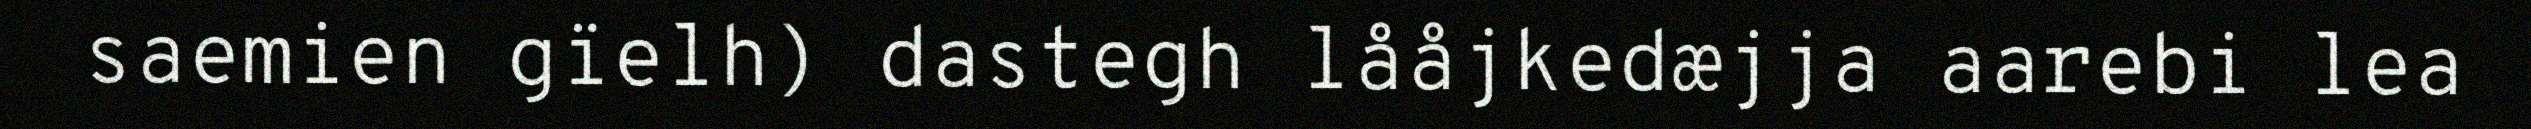
saemien gïelh) dastegh lååjkedæjja aarebi lea